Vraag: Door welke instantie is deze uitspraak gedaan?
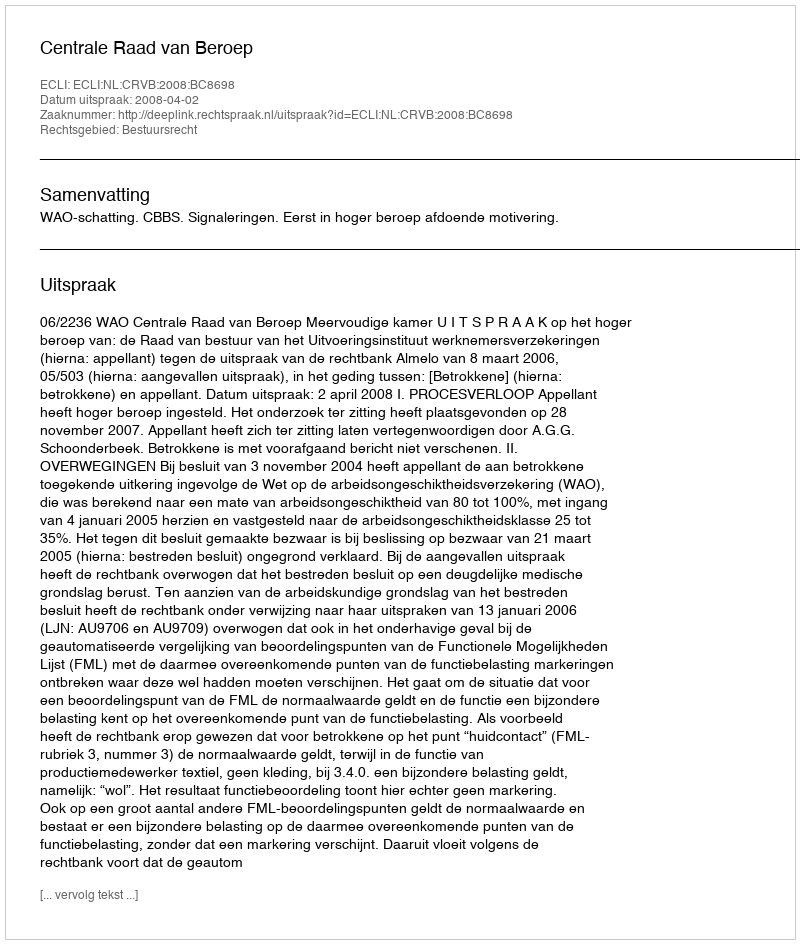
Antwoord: Centrale Raad van Beroep